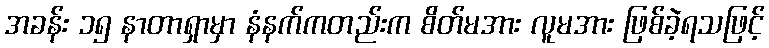
အခန်း ၁၅ နာတာရှာမှာ နံနက်ကတည်းက စိတ်မအား လူမအား ဖြစ်ခဲ့ရသဖြင့်